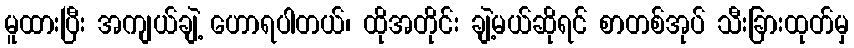
မူထားပြီး အကျယ်ချဲ့ ဟောရပါတယ်၊ ထိုအတိုင်း ချဲ့မယ်ဆိုရင် စာတစ်အုပ် သီးခြားထုတ်မှ